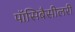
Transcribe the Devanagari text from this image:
पॉसिबैसीलरी